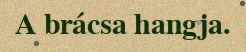
A brácsa hangja.